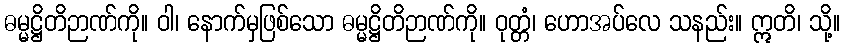
ဓမ္မဋ္ဌိတိဉာဏ်ကို။ ဝါ၊ နောက်မှဖြစ်သော ဓမ္မဋ္ဌိတိဉာဏ်ကို။ ဝုတ္တံ၊ ဟောအပ်လေ သနည်း။ ဣတိ၊ သို့။